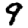
Digit: 9